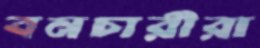
বনচারীরা